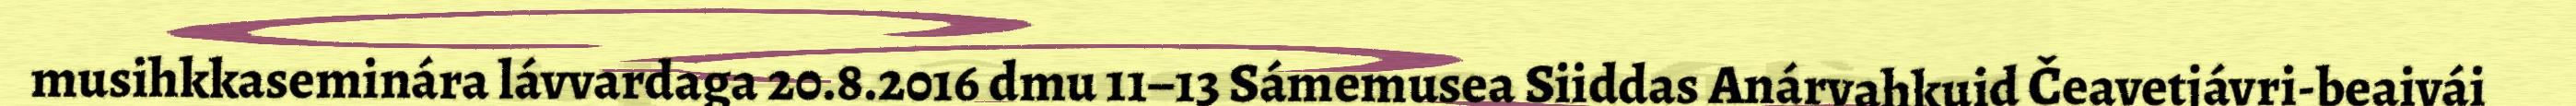
musihkkaseminára lávvardaga 20.8.2016 dmu 11–13 Sámemusea Siiddas Anárvahkuid Čeavetjávri-beaivái